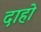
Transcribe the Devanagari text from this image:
दाहो